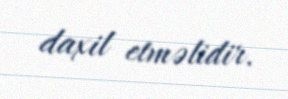
daxil etməlidir.